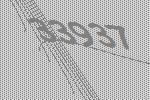
33937